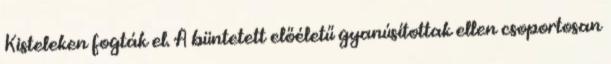
Kisteleken fogták el. A büntetett előéletű gyanúsítottak ellen csoportosan